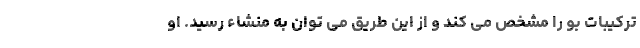
ترکیبات بو را مشخص می کند و از این طریق می توان به منشاء رسید. او